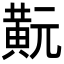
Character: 𪎹